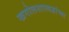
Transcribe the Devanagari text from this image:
खगोलशास्त्रज्ञांच्या